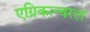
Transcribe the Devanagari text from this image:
एग्रिकल्चरल